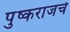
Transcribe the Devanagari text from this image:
पुष्कराजचे